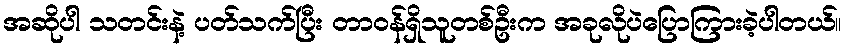
အဆိုပါ သတင်းနဲ့ ပတ်သက်ပြီး တာဝန်ရှိသူတစ်ဦးက အခုလိုပဲပြောကြားခဲ့ပါတယ်။